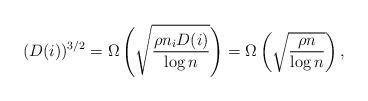
LaTeX: \begin{align*} (D(i))^{3/2} = \Omega\left(\sqrt{\frac{\rho n_i D(i)}{\log n}}\right) = \Omega\left(\sqrt{\frac{\rho n}{\log n}}\right), \end{align*}